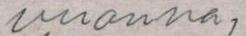
vuonna,